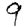
Digit: 9